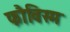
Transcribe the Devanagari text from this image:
फौविस्म